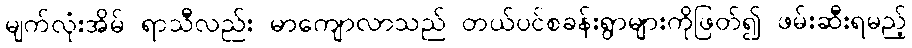
မျက်လုံးအိမ် ရာသီလည်း မာကျောလာသည် တယ်ပင်စခန်းရွာများကိုဖြတ်၍ ဖမ်းဆီးရမည့်